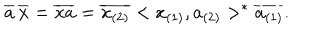
LaTeX: \overline { { { a } } } \, \overline { { { x } } } = \overline { { { x a } } } = \overline { { { x _ { ( 2 ) } } } } < x _ { ( 1 ) } , a _ { ( 2 ) } > ^ { * } \overline { { { a _ { ( 1 ) } } } } .